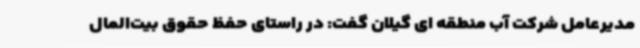
مدیرعامل شرکت آب منطقه ای گیلان گفت: در راستای حفظ حقوق بیت‌المال